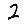
Digit: 2